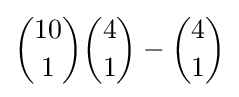
{10 \choose 1}{4 \choose 1}-{4 \choose 1}